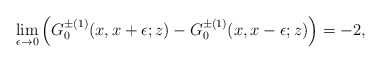
\begin{align*}\lim_{\epsilon\to 0}\left(G_0^{\pm(1)}(x,x+\epsilon;z)-G_0^{\pm(1)}(x,x-\epsilon;z)\right)=-2,\end{align*}